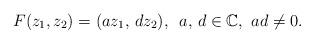
LaTeX: \begin{align*}F(z_{1},z_{2}) = (a z_{1},\,d z_{2} ),\,\,\, a,\,d \in \mathbb{C},\,\,ad \not = 0.\end{align*}